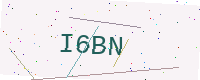
Text: I6BN